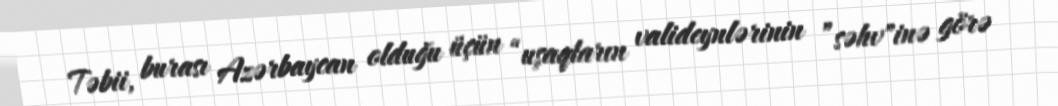
Təbii, burası Azərbaycan olduğu üçün “uşaqların valideynlərinin ”səhv"inə görə